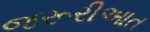
જરૂરીઆત